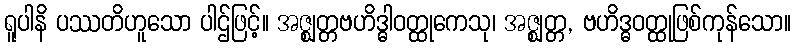
ရူပါနိ ပဿတိဟူသော ပါဌ်ဖြင့်။ အဇ္ဈတ္တဗဟိဒ္ဓါဝတ္ထုကေသု၊ အဇ္ဈတ္တ, ဗဟိဒ္ဓဝတ္ထုဖြစ်ကုန်သော။